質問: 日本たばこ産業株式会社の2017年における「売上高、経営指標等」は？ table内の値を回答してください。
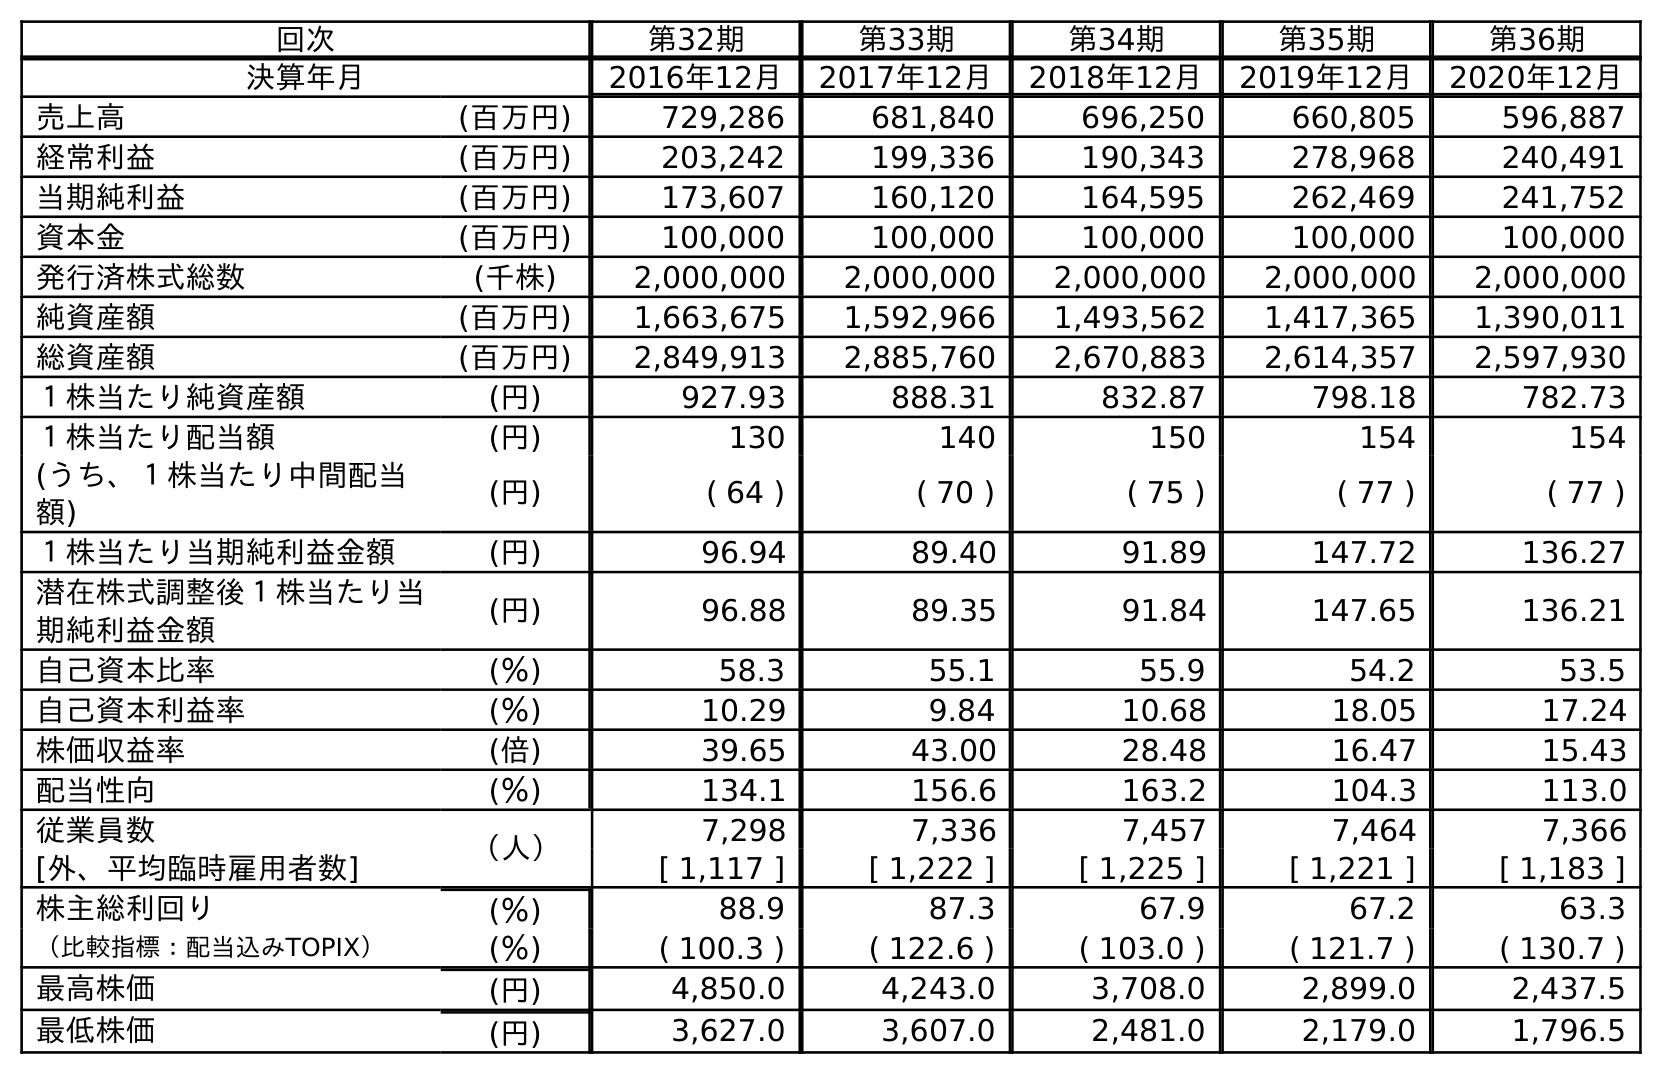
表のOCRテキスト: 回次 第32期 第33期 第34期 第35期 第36期 決算年月 2016年12月 2017年12月 2018年12月 2019年12月 2020年12月 売上高 (百万円) 729,286 681,840 696,250 660,805 596,887 経常利益 (百万円) 203,242 199,336 190,343 278,968 240,491 当期純利益 (百万円) 173,607 160,120 164,595 262,469 241,752 資本金 (百万円) 100,000 100,000 100,000 100,000 100,000 発行済株式総数 (千株) 2,000,000 2,000,000 2,000,000 2,000,000 2,000,000 純資産額 (百万円) 1,663,675 1,592,966 1,493,562 1,417,365 1,390,011 総資産額 (百万円) 2,849,913 2,885,760 2,670,883 2,614,357 2,597,930 １株当たり純資産額 (円) 927.93 888.31 832.87 798.18 782.73 １株当たり配当額 (円) 130 140 150 154 154 (うち、１株当たり中間配当 額) (円) ( 64 ) ( 70 ) ( 75 ) ( 77 ) ( 77 ) １株当たり当期純利益金額 (円) 96.94 89.40 91.89 147.72 136.27 潜在株式調整後１株当たり当 期純利益金額 (円) 96.88 89.35 91.84 147.65 136.21 自己資本比率 (％) 58.3 55.1 55.9 54.2 53.5 自己資本利益率 (％) 10.29 9.84 10.68 18.05 17.24 株価収益率 (倍) 39.65 43.00 28.48 16.47 15.43 配当性向 (％) 134.1 156.6 163.2 104.3 113.0 従業員数 （人） 7,298 7,336 7,457 7,464 7,366 [外、平均臨時雇用者数] [ 1,117 ] [ 1,222 ] [ 1,225 ] [ 1,221 ] [ 1,183 ] 株主総利回り (％) 88.9 87.3 67.9 67.2 63.3 （比較指標：配当込みTOPIX） (％) ( 100.3 ) ( 122.6 ) ( 103.0 ) ( 121.7 ) ( 130.7 ) 最高株価 (円) 4,850.0 4,243.0 3,708.0 2,899.0 2,437.5 最低株価 (円) 3,627.0 3,607.0 2,481.0 2,179.0 1,796.5
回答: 681,840